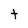
Character: t